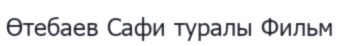
Өтебаев Сафи туралы Фильм